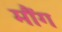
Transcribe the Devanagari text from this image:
मौंग